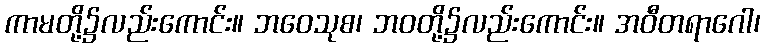
ကာမတို့၌လည်းကောင်း။ ဘဝေသုစ၊ ဘဝတို့၌လည်းကောင်း။ အဝီတရာဂေါ၊